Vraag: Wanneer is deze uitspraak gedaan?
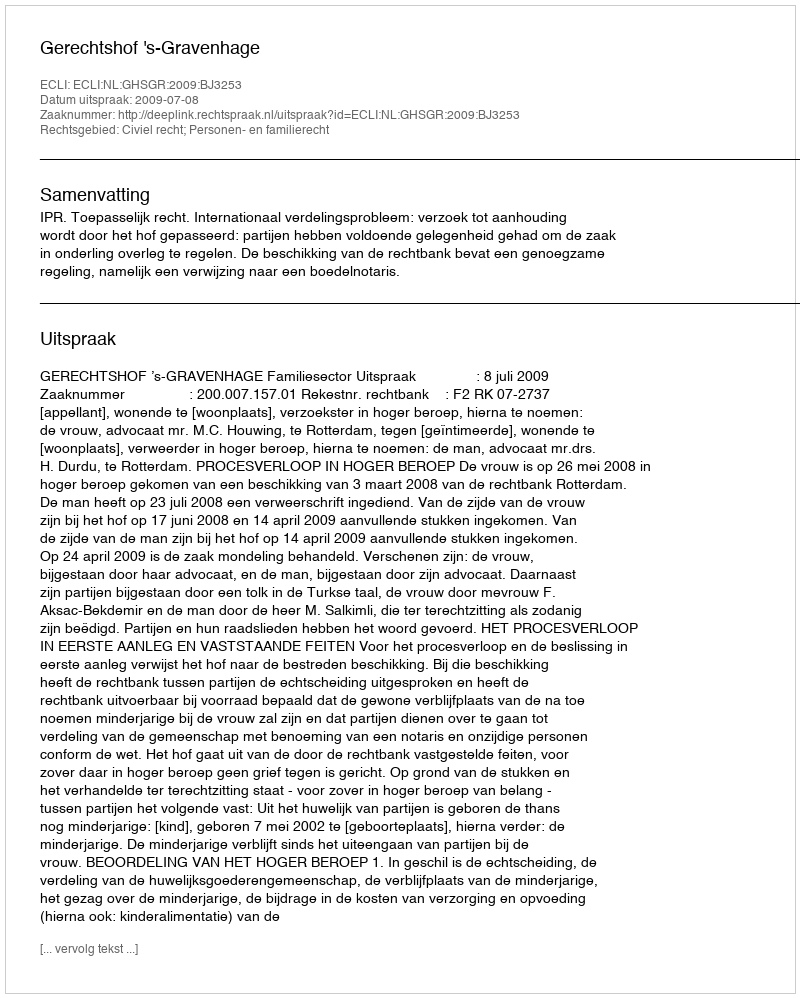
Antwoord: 2009-07-08